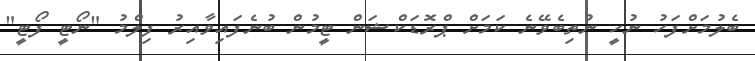
ބެލުމަށްފަހު ނުހީ ނުތިބެވޭނެ ކަމަށް ޕްރޮޑަކްޝަން ޓީމުން ބުނެފައިވާއިރު ފިލްމު "ނޯޓީ ފޯޓީ"